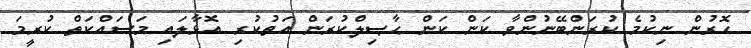
ހޮރުން ނިކުމެ ކުރަންބޭނުންވާ ކަން ކަން ޙާޞިލްކުރަން އަތުކުރި އޮޅާލައި މަސައްކަތް ކުރީމަ